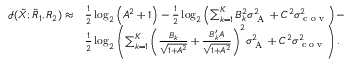
\begin{array} { r l } { \mathcal { I } ( { { { \tilde { X } } } } ; { { { \tilde { R } } } _ { 1 } } , { { { R } } _ { 2 } } ) \approx } & { \frac { 1 } { 2 } \log _ { 2 } \left( { A ^ { 2 } + 1 } \right) - \frac { 1 } { 2 } \log _ { 2 } \left( { \sum _ { k = 1 } ^ { K } B _ { k } ^ { 2 } \sigma _ { \textrm { A } } ^ { 2 } + C ^ { 2 } \sigma _ { \textrm { c o v } } ^ { 2 } } \right) - } \\ & { \frac { 1 } { 2 } \log _ { 2 } \left( { { \sum _ { k = 1 } ^ { K } \bigg ( \frac { B _ { k } } { \sqrt { 1 + A ^ { 2 } } } + \frac { B _ { k } ^ { \prime } A } { \sqrt { 1 + A ^ { 2 } } } \bigg ) ^ { 2 } } \sigma _ { \textrm { A } } ^ { 2 } + C ^ { 2 } \sigma _ { \textrm { c o v } } ^ { 2 } } \right) . } \end{array}